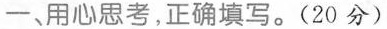
一、用心思考，正确填写。(20分)